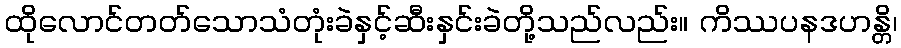
ထိုလောင်တတ်သောသံတုံးခဲနှင့်ဆီးနှင်းခဲတို့သည်လည်း။ ကိဿပနဒဟန္တိ၊